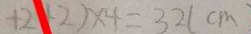
+ 2 + 2 ) \times 4 = 3 2 ( c m )